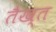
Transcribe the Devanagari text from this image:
तैख्त